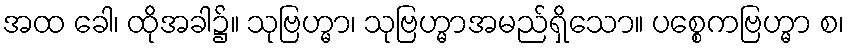
အထ ခေါ၊ ထိုအခါ၌။ သုဗြဟ္မာ၊ သုဗြဟ္မာအမည်ရှိသော။ ပစ္စေကဗြဟ္မာ စ၊